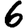
Digit: 6